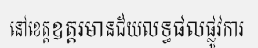
នៅខេត្តឧត្តរមានជ័យលទ្ធផលផ្លូវការ